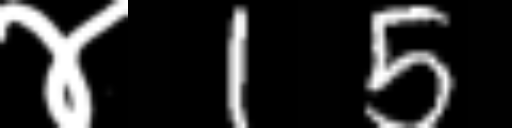
Text: ४15